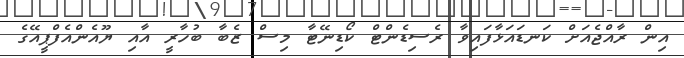
އިން ރާއްޖެއަށް ކަނޑައަޅާފައިވާ ރެސިޑެންޓް ކޯޑިނޭޓާ މިސް ޒެބާ ބުހާރީ އާއި ޔޫއެންއެފްޕީއޭގެ